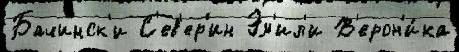
Бачинск'и С'ев'ер'ин Эм'ил'и В'ерон'и́ка